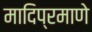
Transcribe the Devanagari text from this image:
मादिप्रमाणे